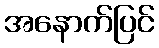
အနောက်ပြင်